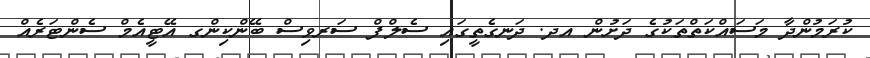
ކުރަމުންދާ މަސައްކަތްތަކުގެ ދަށުން އދ. ދަނގެތީގައި ސެލްފް ސަރވިސް ބޭންކިންގ އޭޓީއެމް ސެންޓަރެއް